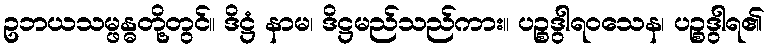
ဥဘယသမ္ဖန္ဓတို့တွင်။ ဒိဋ္ဌံ နာမ၊ ဒိဋ္ဌမည်သည်ကား။ ပဉ္စဒွါရဝသေန၊ ပဉ္စဒွါရ၏